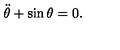
\ddot { \theta } + \sin \theta = 0 .